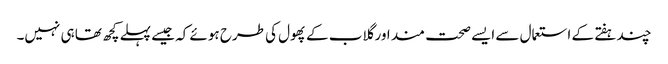
چند ہفتے کے استعمال سے ایسے صحت مند اور گلاب کے پھول کی طرح ہوئے کہ جیسے پہلے کچھ تھا ہی نہیں۔